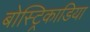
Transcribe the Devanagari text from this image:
बोस्ट्रिकाडिया